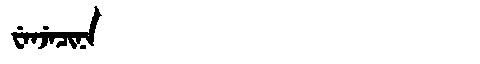
Manchu: ᠸᡝᠨᠵᡝᠴᡳᠨᠠ
Romanization: WENJECINA